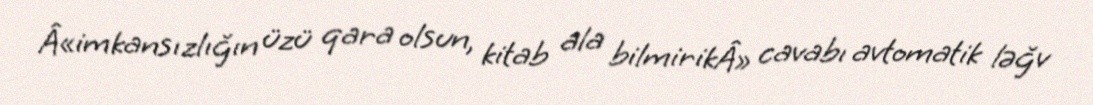
Â«imkansızlığın üzü qara olsun, kitab ala bilmirikÂ» cavabı avtomatik ləğv